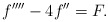
\begin{align*}f''''-4f''=F.\end{align*}